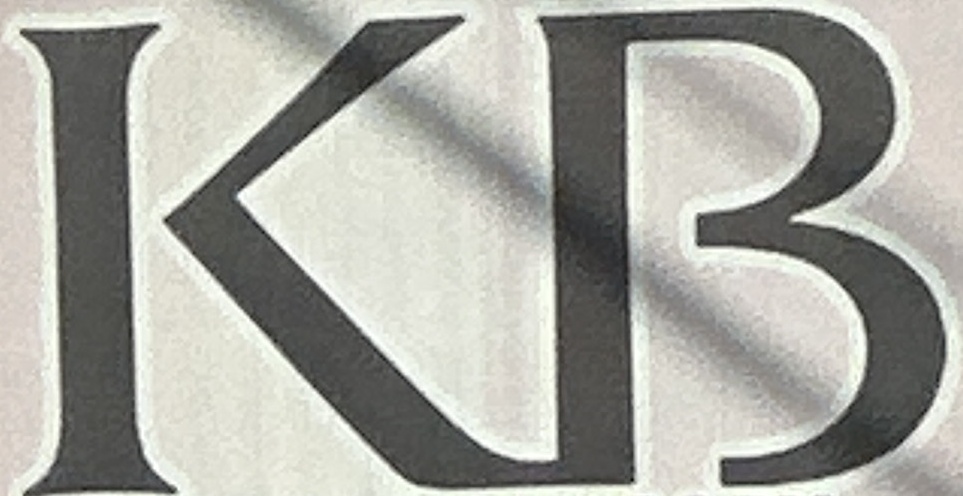
KB